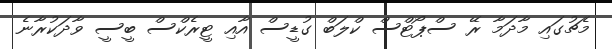
މެޗުގައި މާދަމާ ރޭ ސްޕޯޓްސް ކްލަބް ގުޑީސް އާއި ޓީރެކްސް ބީސީ ވާދަކުރާނެ